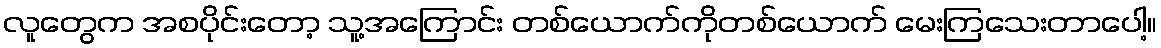
လူတွေက အစပိုင်းတော့ သူ့အကြောင်း တစ်ယောက်ကိုတစ်ယောက် မေးကြသေးတာပေါ့။